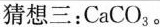
猜想三：CaCO_{3}。